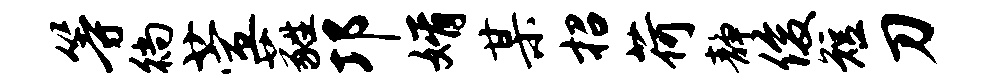
等徜萱蕤邛婿某招荷静俊短刀